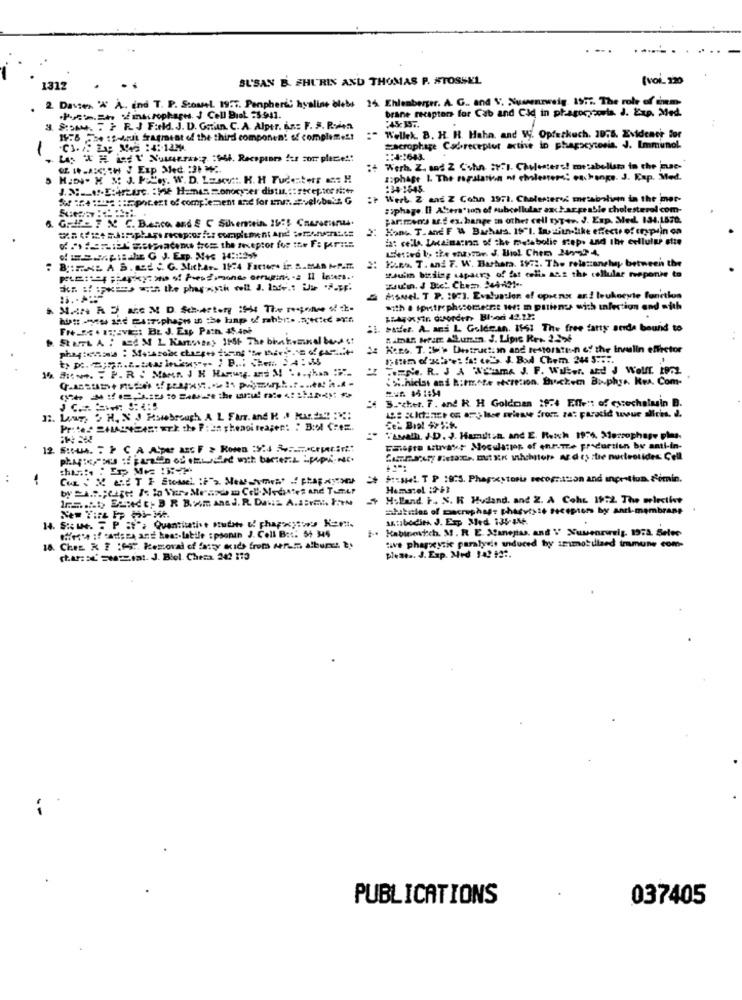
SUSAN B. FHURIN AND THOMAS P. #TOSSEL
(VOL. 120
1312
2. Dasses '# A. ind T. P. Scomsel. 1957. Penpheric hyaline blebs 14. Ehlenberger. A. G ., and V. Nussenzweig. 1977. The role of cam-
brane receptors for Cab and Cid in phagocyconla. J. Exp. Med.
.Posta.She macrophages. J Cell Brot 23:941.
3. S:OAM. " > RJ F:Nld. J. D. Gatun. C. A. Alper. Az .: F. S. Ralen
:45:35.
14:6 h4 1-42 fragment of the third component of complemes!
:" Wellek. B. H. H. Haha, and Vy. Opferkuch. 1976. Evidence for
1
macrophage Cadreceptor active in phagocytosis. J. Immunol
Las X = Last' Numero :Wh. Receptors tus son place:
:: 4:1643.
it Werh. Z. and 2 Sohn :r:1. Cholesterol mesabellum to the use-
ziphage 1. The regulation of cholester: exchange. J. Kap. Med.
J. 3 :__ Af-EtArture. : He Hamas monocyzer distu .:: receptor er
:34-1645.
$3 :4 :'s: :: apotent of complement and for sms =velobois G
: Wert. Z ans Z Cohn 1971. Cholester metabolion in the mer-
:sphage. Il AStera'ton of subcellular anchargeable cholesterol com-
Golf 7 2 C. B.esco and & C Silverein. 25:5 Caarecions.
parmzens art ex. bange in other cell tyT-+r. J. Exp. Med. 134,1872.
Hond T.And F & Buhus. 19"l. In ziun-like effects of thepin on
da: celle Unaina:in of the metabolic step. and the cellular ette
d.If madens tres the receptor for the F: pra
KARA T. and 7. W. Barbara. 1972. The relationship between the
: BIRINE A B. nad C. G. Mxhar. 1974 Factor in 2. MAS NP.m.
"Julin birding sapairs of fat cells asz the cellular repone to
palm:" ;perky: wo of Prendimondo arrugini -= Il iness ..
zau'in. J Dict Chem. 24-AM --
Howel. T. P. 1973. Evaluation of openx and leukocyte fonction
aith . tputrephscometre ter: m patients with infection and with
batter. A. ani L Golde.an. 1561 The free fatty serde bound to
Kens. T. : M> Destruction and restoration of the Inulin effector
14 duwe. = P. R . Mars J H Hamuy. It M ..., has
TOENe. R. J A 'NEamA J. F. Walker, and J Wolff. 1972
$%.hicist and b;t.+te eteretion. Shuckem Bi.phys. Res. Com-
3 .- cher. F. and R. H Goldman 2974 Ellent of essechalusin B.
Prites 2HALS42457 w) the P:as gheagi teages: " B:ol Crez.
"avalh. J-D. J. Hamilton. and E. Reich 1974. Mossophage plus.
Gaeste stavast Moculaties of enrumze procursion by anti-in-
$ :: sHe !. T P 18:5. Phapxstorie recomttion and ınprotiun. fémin.
Hematel :9-12
Holland. F. N. K Hudand. and Z. A Cohr 19:2 The welectist
atakistan of macrophage phasvisto receptors by andl-membrane
Antibodies. J. Exp Med 135-44.
Kabinesich. M. R. E. Aanepas, and V Xuwenzweig. 1973. Selec
.Her'e :f cadsey ant heat-labile spoonin J. Coll B ::: 54 345
18. Ches. K ? : "S", kestoval of fatty acids from werem albunes t.
tive pharxytic paralysis induced by seimotillaed immune com-
cars zeist. J. Biel. Checa. 242 113
plent .. J. Exp. Med 142 12 :.
PUBLICATIONS
037405